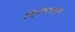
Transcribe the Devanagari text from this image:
विरेचनात